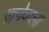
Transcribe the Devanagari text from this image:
गानेवाला